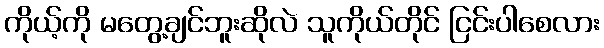
ကိုယ့်ကို မတွေ့ချင်ဘူးဆိုလဲ သူကိုယ်တိုင် ငြင်းပါစေလား